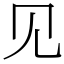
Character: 见